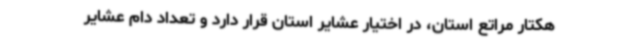
هکتار مراتع استان، در اختیار عشایر استان قرار دارد و تعداد دام عشایر